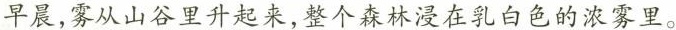
。早晨，雾从山谷里升起来，整个森林浸在乳白色的浓雾里。